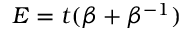
E = t ( \beta + \beta ^ { - 1 } )